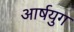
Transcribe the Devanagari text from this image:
आर्षयुग